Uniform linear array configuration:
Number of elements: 48
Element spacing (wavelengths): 1
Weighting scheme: hann
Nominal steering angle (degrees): -60
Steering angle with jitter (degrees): -61.848
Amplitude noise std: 0.05
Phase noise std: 0.05

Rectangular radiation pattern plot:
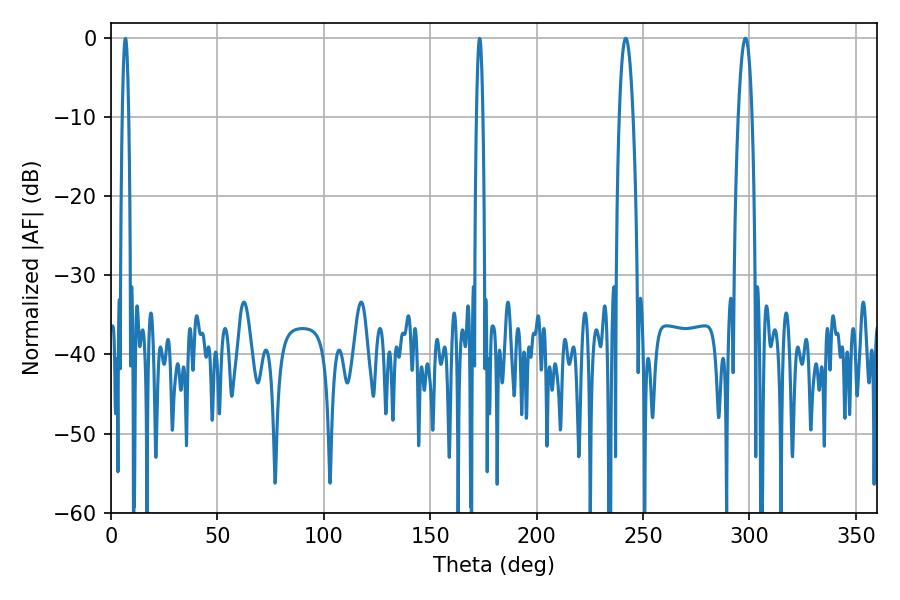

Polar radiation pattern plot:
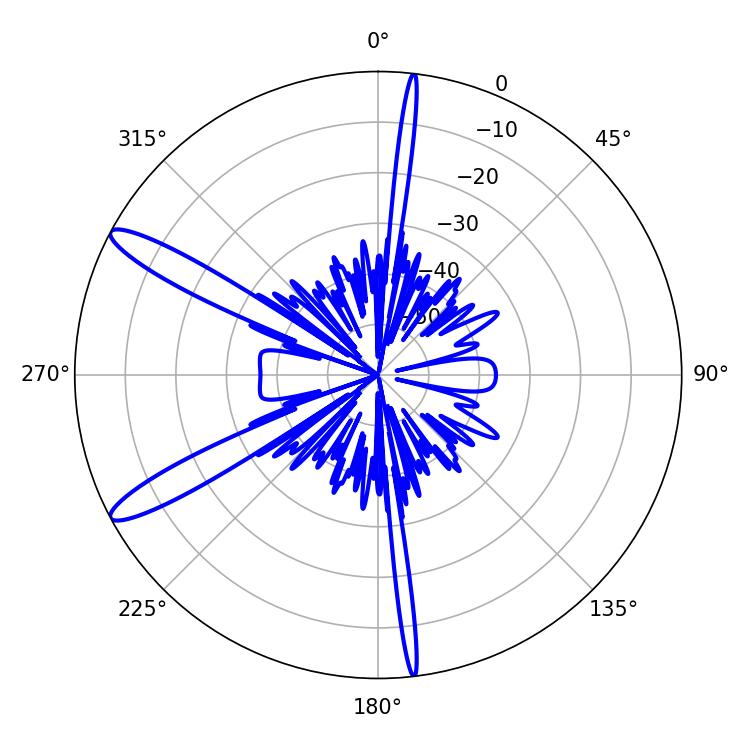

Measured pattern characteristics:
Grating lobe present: TRUE
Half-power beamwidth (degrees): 3.6
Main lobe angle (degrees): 298.08